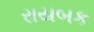
રાયબક